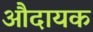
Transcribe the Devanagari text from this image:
औदायक